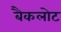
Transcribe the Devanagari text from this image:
बैकलोट